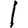
Digit: 1